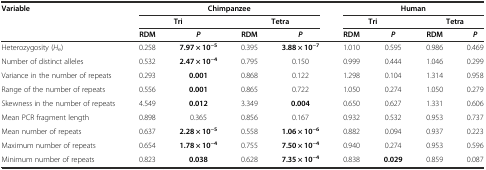
| <ROWSPAN=3> Variable | <COLSPAN=4> Chimpanzee | <COLSPAN=4> Human |
 | <COLSPAN=2> Tri | <COLSPAN=2> Tetra | <COLSPAN=2> Tri | <COLSPAN=2> Tetra |
 | RDM | P | RDM | P | RDM | P | RDM | P |
 | --- | --- | --- | --- | --- | --- | --- | --- | --- |
 | Heterozygosity (He) | 0.258 | 7.97 × 10-5 | 0.395 | 3.88 × 10-7 | 1.010 | 0.595 | 0.986 | 0.469 |
 | Number of distinct alleles | 0.532 | 2.47 × 10-4 | 0.795 | 0.150 | 0.999 | 0.444 | 1.046 | 0.299 |
 | Variance in the number of repeats | 0.293 | 0.001 | 0.868 | 0.122 | 1.298 | 0.104 | 1.314 | 0.958 |
 | Range of the number of repeats | 0.556 | 0.001 | 0.865 | 0.722 | 1.050 | 0.274 | 1.050 | 0.279 |
 | Skewness in the number of repeats | 4.549 | 0.012 | 3.349 | 0.004 | 0.650 | 0.627 | 1.331 | 0.606 |
 | Mean PCR fragment length | 0.898 | 0.365 | 0.856 | 0.167 | 0.932 | 0.532 | 0.953 | 0.737 |
 | Mean number of repeats | 0.637 | 2.28 × 10-5 | 0.558 | 1.06 × 10-6 | 0.882 | 0.094 | 0.937 | 0.223 |
 | Maximum number of repeats | 0.654 | 1.78 × 10-4 | 0.755 | 7.50 × 10-4 | 0.940 | 0.274 | 0.953 | 0.596 |
 | Minimum number of repeats | 0.823 | 0.038 | 0.628 | 7.35 × 10-4 | 0.838 | 0.029 | 0.859 | 0.087 |